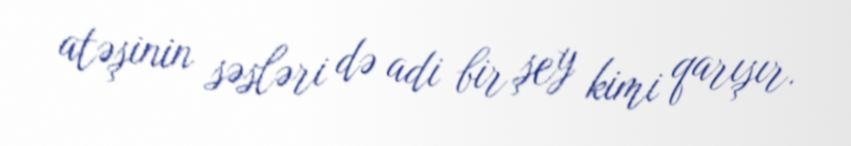
atəşinin səsləri də adi bir şey kimi qarışır.